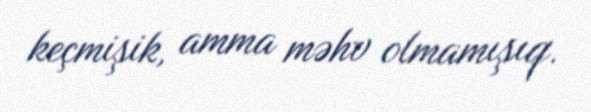
keçmişik, amma məhv olmamışıq.